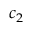
c _ { 2 }